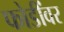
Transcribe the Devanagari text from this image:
फोडींवर